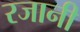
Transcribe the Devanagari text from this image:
रजानी